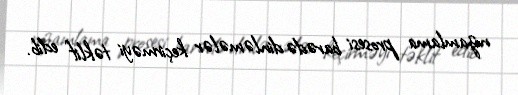
nizamlama prosesi barədə dinləmələr keçirməyi təklif edib.